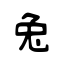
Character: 兔